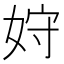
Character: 𫰦